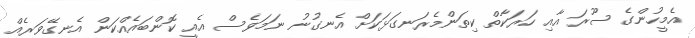
އެމީހުންގެ ސޫރަ އާއި ހަރަކާތް ކިތަންމެރަނގަޅަކަށް އެނގުނު ނަމަވެސް އެއީ ކޮންބައެއްކަން އެނގޭވަރެއް